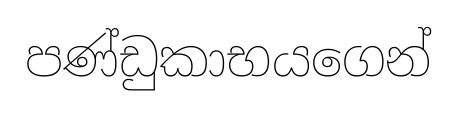
පණ්ඩුකාභයගෙන්